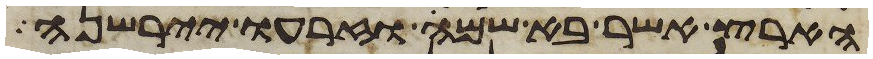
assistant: הארץ אשר בא שמה וזרעו יירשנה